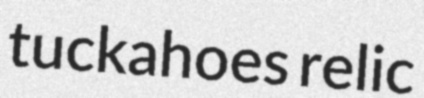
tuckahoes relic